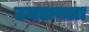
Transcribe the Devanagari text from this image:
उजडायला